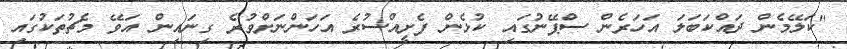
"ކަލޭމެން ދައްކަބަލަ އަހަރެން ސްޕޭނުގައި ކުޅެން ފެށީއްސުރެ އަހަންނަށްވުރެ ގިނައިން އަވޭ މެޗުތަކުގައި